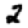
Digit: 2